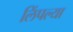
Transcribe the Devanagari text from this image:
लिंपल्या